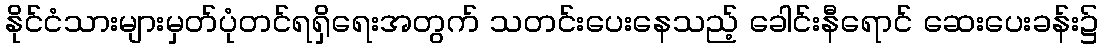
နိုင်ငံသားများမှတ်ပုံတင်ရရှိရေးအတွက် သတင်းပေးနေသည့် ခေါင်းနီရောင် ဆေးပေးခန်း၌